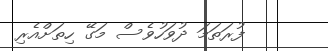
ފުރަތަމަ ދުވަހުވެސް މަގޭ ހިތަށްއެރި